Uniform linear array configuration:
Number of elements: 48
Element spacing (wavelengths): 0.25
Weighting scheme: uniform
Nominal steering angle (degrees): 60
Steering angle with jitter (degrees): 60.282
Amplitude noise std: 0.05
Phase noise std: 0.05

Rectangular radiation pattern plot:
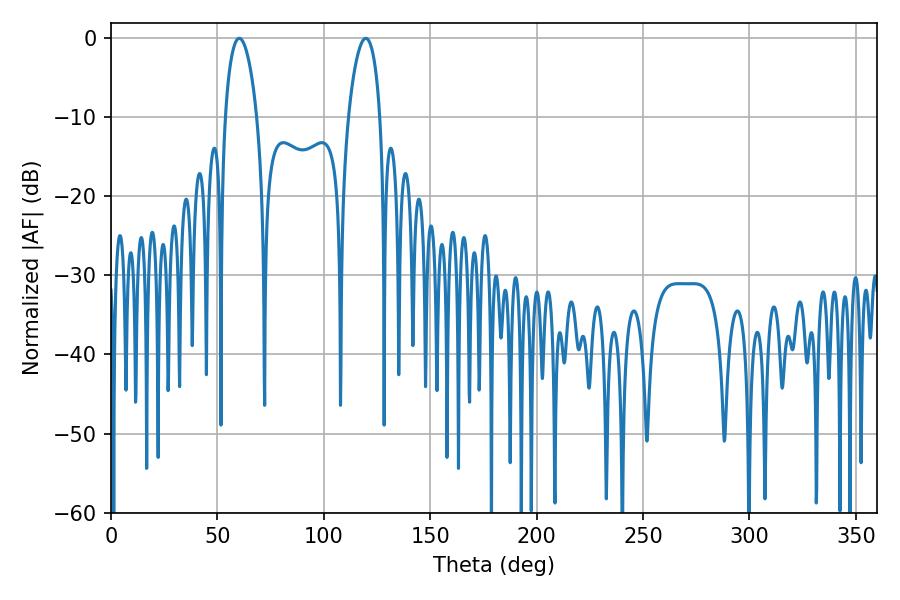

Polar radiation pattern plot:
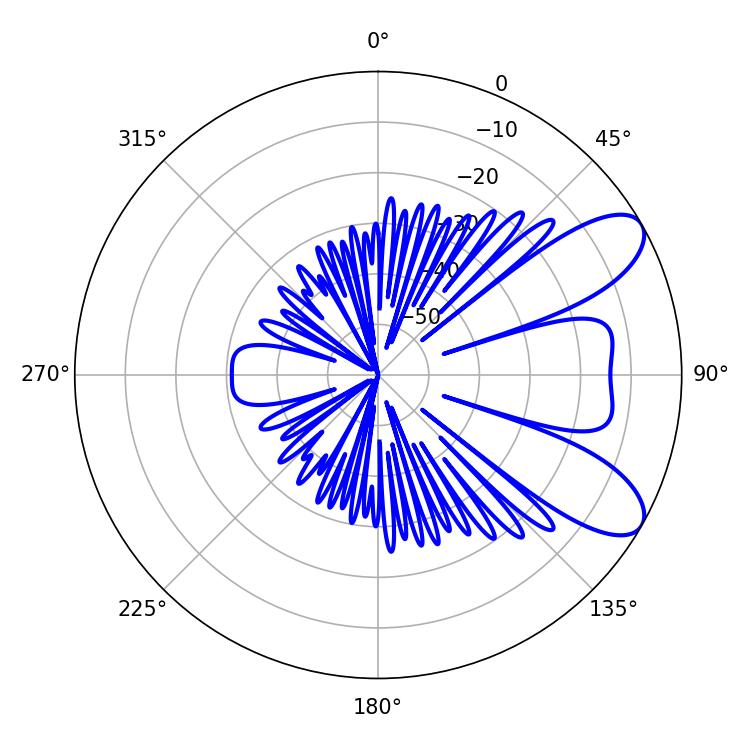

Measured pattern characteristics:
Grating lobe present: FALSE
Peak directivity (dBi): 8.277
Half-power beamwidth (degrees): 8.46
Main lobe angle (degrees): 60.3